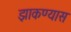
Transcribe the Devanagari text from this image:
झाकण्यास